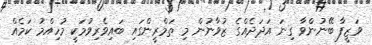
ވަޒީފާ ބޭނުންވާ ގިނަ އަދަދެއްގެ ޒުވާނުން މި ތަމްރީންގައި ބައިވެރިވުމަކީ މުހިއްމު ކަމެއް